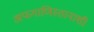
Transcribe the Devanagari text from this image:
अफगाणिस्तानाशी